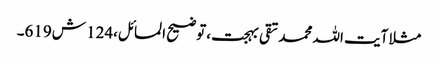
مثلا آیت اللہ محمد تقی بہجت ،توضیح المسائل،124 ش619۔